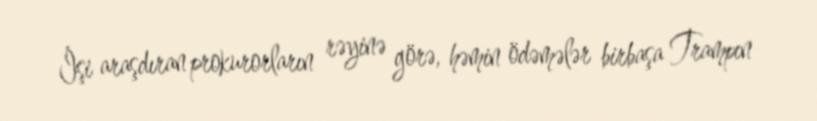
İşi araşdıran prokurorların rəyinə görə, həmin ödəmələr birbaşa Trampın